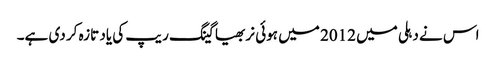
اس نے دہلی میں 2012 میں ہوئی نربھیا گینگ ریپ کی یاد تازہ کر دی ہے۔